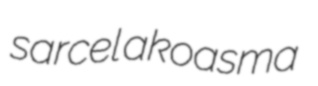
sarcel akoasma